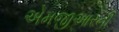
એમજીઆરની